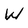
Character: w